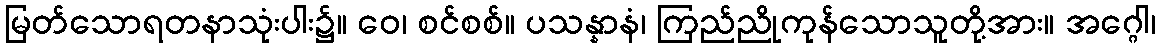
မြတ်သောရတနာသုံးပါး၌။ ဝေ၊ စင်စစ်။ ပသန္နာနံ၊ ကြည်ညိုကုန်သောသူတို့အား။ အဂ္ဂေါ၊